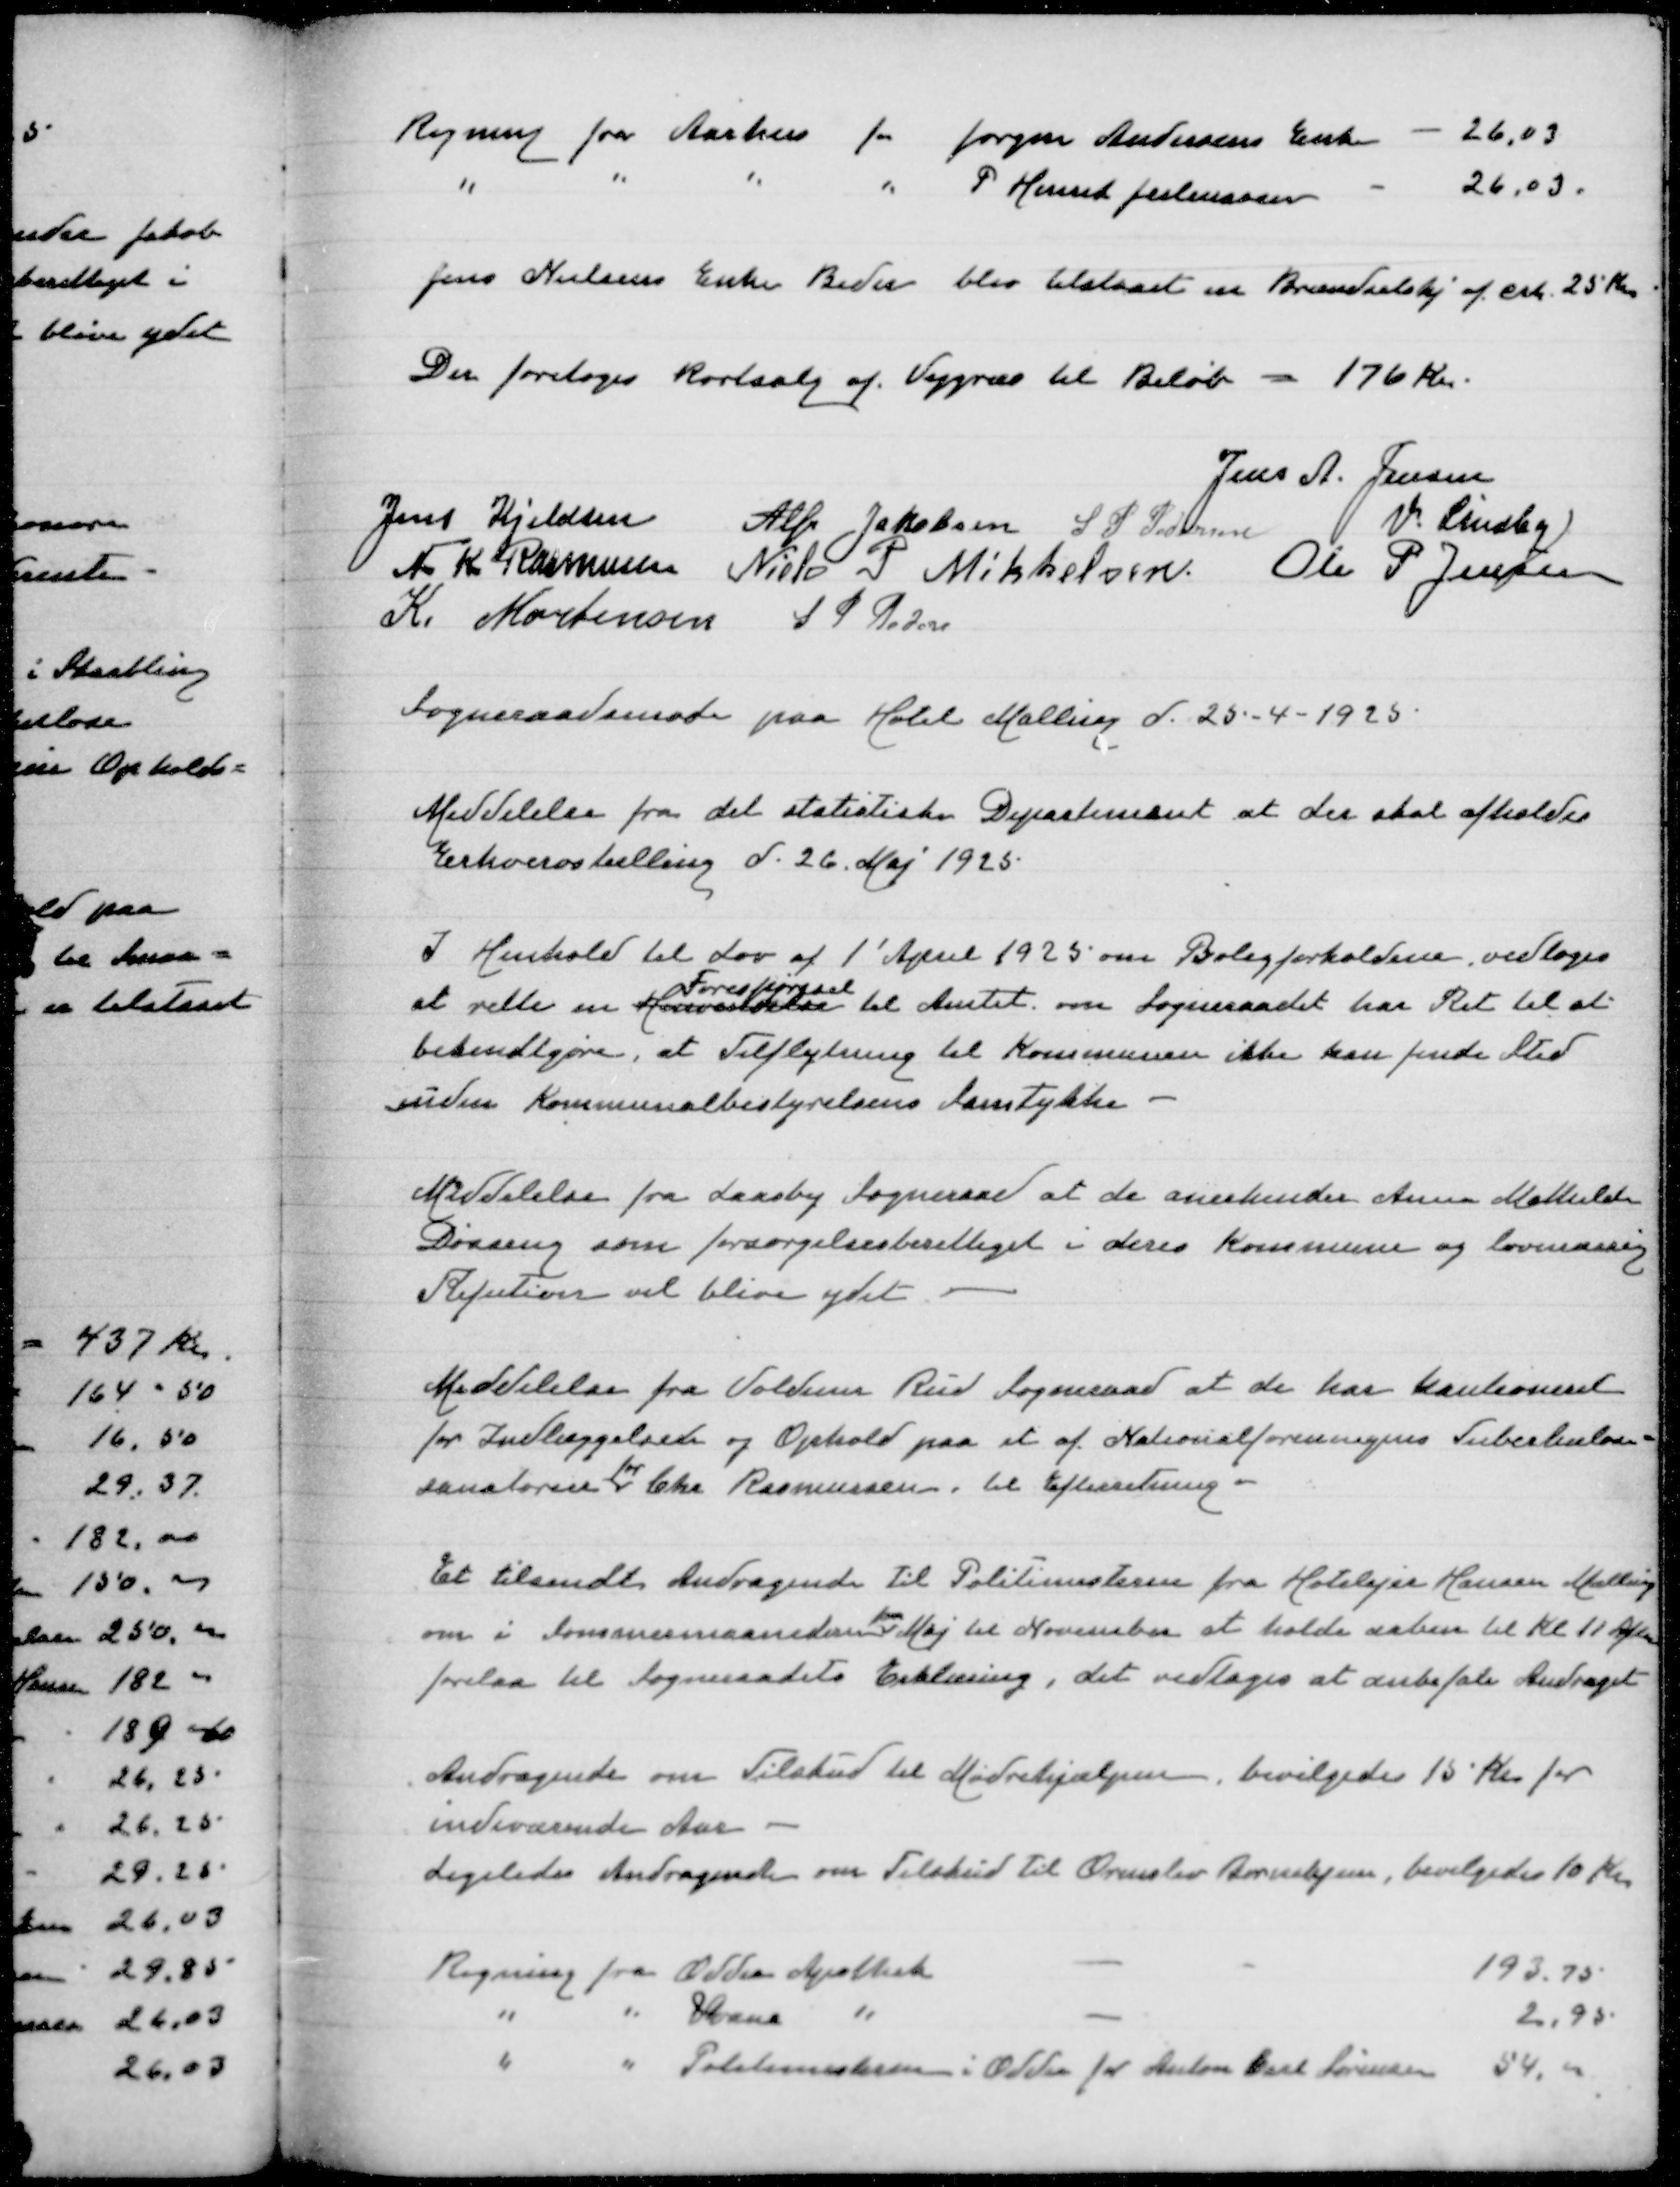
Transskription:
Regning fra Aarhus for Jørgen Andersens Enke
26,05
" " " " P Henrik Juliussen
26,03

Jens Nielsen Enke Beder blev tilstaaet en Brændselshj af crk 25 Kr

Der foretoges Rortsalg af Vejgræs til Beløb - 176 Kr

Jens A Jensen
Jens Kjeldsen
Alfr Jakobsen
S P Pedersen
V Lindby
N K Rasmussen
Niels P Mikkelsen
Ole P Jensen
K Mortensen
S P Peder

Sogneraadsmøde paa Hotel Malling d 25-4-1925

Meddelelse fra det statistiske Departement at der skal afholdes
Erhvervstælling d 26 Maj 1925

I Henhold til Lov af 1' April 1925 om Boligforholdene vedtoges
Forespørgsel
at rette en Henvendelse til Amtet om Sogneraadet har ret til at
bekendtgøre, at tilflytning til Kommunen ikke kan finde Sted
uden Kommunalbestyrelsens Samtykke

Meddelelse fra Laasby Sogneraad at de anerkender Anna Mathilde
Døssing som forsørgelsesberettiget i deres Kommune og lovmæssig
Refution vil blive ydet

Meddelelse fra Voldum Rud Sogneraad at de har kautioneret
for Indlæggelse og Ophold paa et af Nationalforeningens Tuberkulose=
for
sanatorier Chr Rasmussen, til Efterretning

Et tilsendt Andragende til olitimesteren fra Hotelejer Hansen Malling
fra
om i Sommermaanederne Maj til November at holde aaben til Kl 11 Aften
forelaa til Sogneraadets Erklæring, det vedtages at anbefale Andraget

Andragende om Tilskudtil Mødrehjælpen, bevilgedes 15 Kr for
indeværende Aar
Ligeledes Andragende om Tilskud til Ormslev Børnehjem, bevilgedes 10 Kr

Regning fra Odder Apothek
193,75
" " Svane "
2,95
" " Politimesteren i Odder for Anton Carl Sørensen
54,00